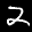
Label: 2